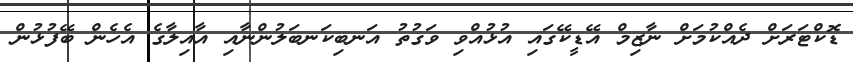
ޑޮކްޓަރަށް ދެއްކުމަށް ނާޒިމް އޭޑީކޭގައި އުޅުއްވި ވަގުތު އަނބިކަނބަލުންނާއި އާއިލާގެ އެހެން ބޭފުޅުން